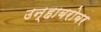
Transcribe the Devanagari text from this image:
उन्हाबरोबर